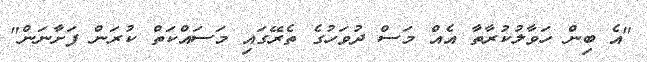
"އެ ބިން ހަވާލުކުރާތާ އެއް މަސް ދުވަހުގެ ތެރޭގައި މަސައްކަތް ކުރަން ފަށާނަން"